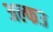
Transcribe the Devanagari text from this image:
अल्फ३